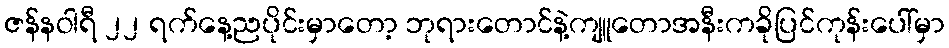
ဇန်နဝါရီ ၂၂ ရက်နေ့ညပိုင်းမှာတော့ ဘုရားတောင်နဲ့ကျူတောအနီးကခိုပြင်ကုန်းပေါ်မှာ